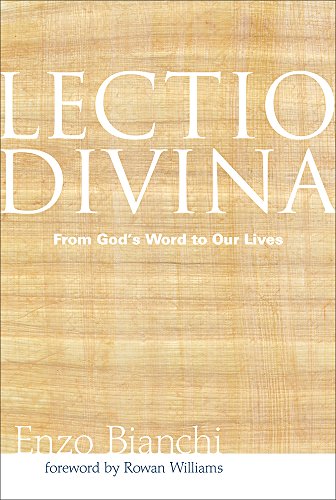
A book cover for Lectio Divina: From God's Word to Our Lives (Voices from the Monastery); Enzo Bianchi; Christian Books & Bibles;